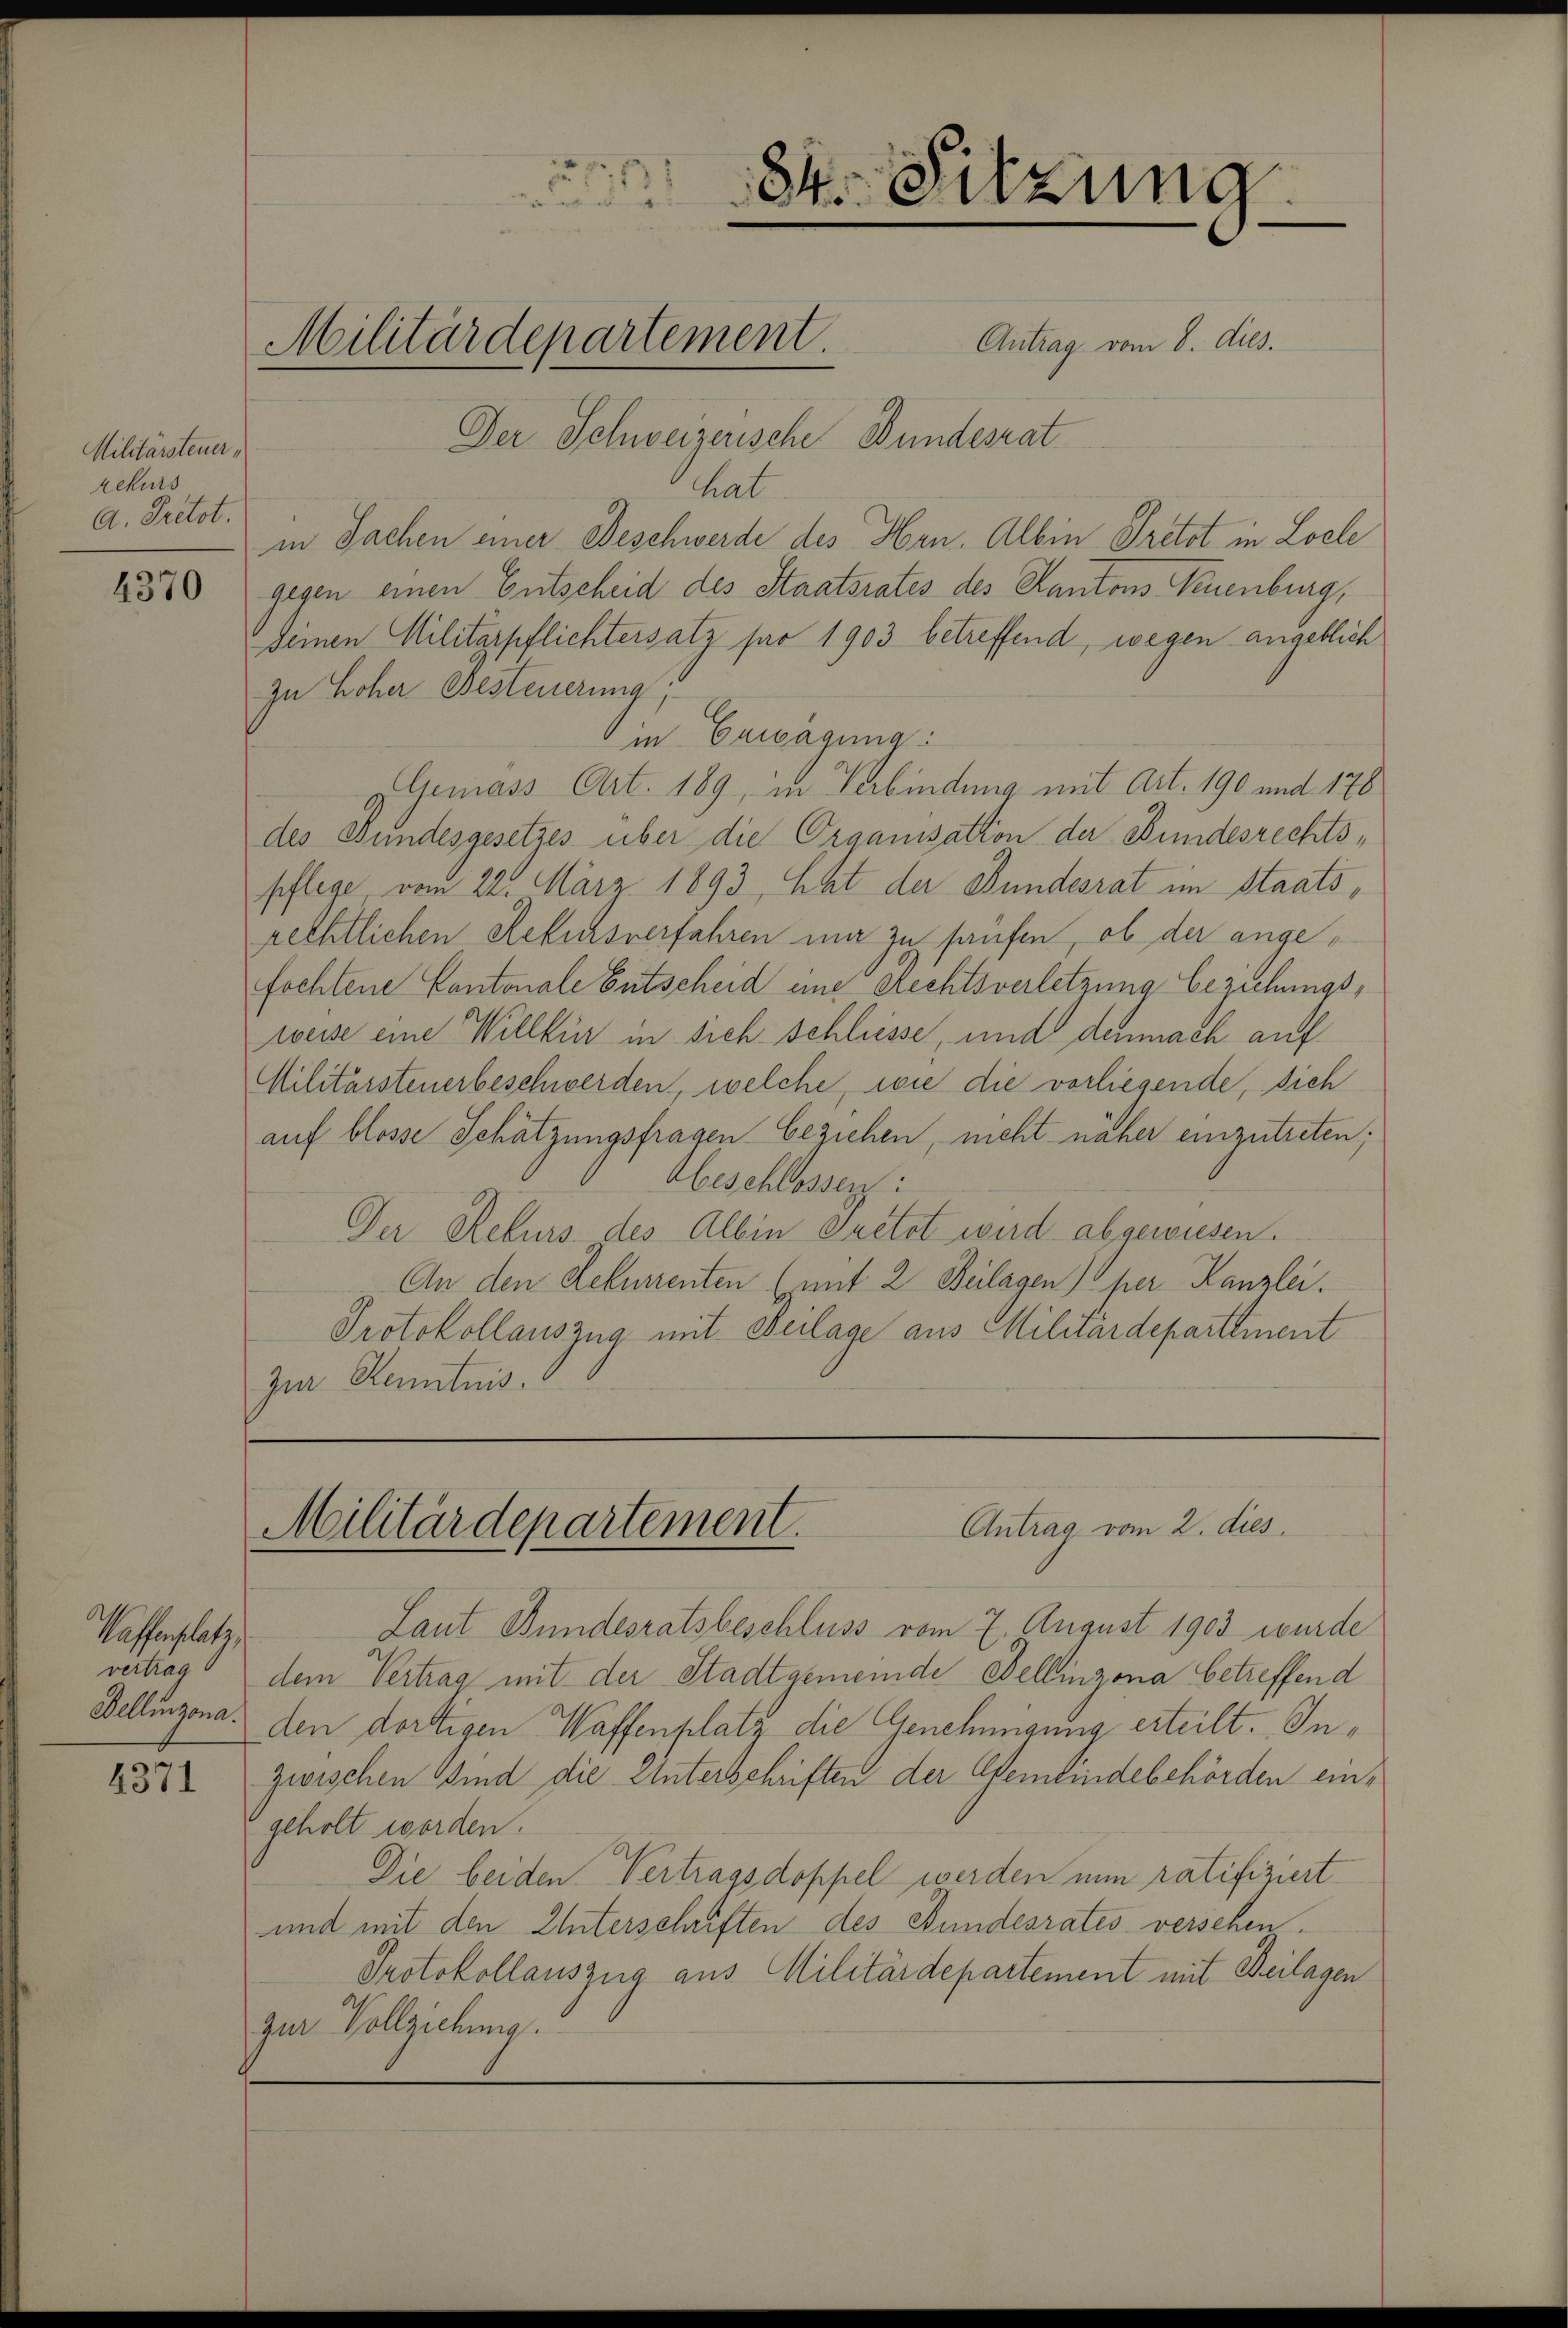
Militärsteuer,
rekurs
A. Pretot.

4370

Waffenplatz,

4371

84. Sitzung

Militärdepartement. Antrag vom 8. dies.

Der Schweizerische Bundesrat
hat
in Sachen einer Beschwerde des Hrn. Albin Pretot in Loele
gegen einen Entscheid des Staatsrates des Kantons Neuenburg,
Deinen Militärpflichtersatz par 1903 betreffend, wegen angeblich
zu Hoher Besteuerung
in Erwägung:
GGemäss Art. 189, in Verbindung mit Art. 190 und 178
des Bundesgesetzes über die Organisation der Bundesrechtspflege vom 22. März 1893, hat der Bundesrat im Staatsrechtlichen Rekursverfahren mir zu haufen, ob der angefochtene Cantonale Entscheid eine Rechtsverletzung beziehungsweise eine Willkür in sich schliesse, und denmach auf¬
Militärsteuerbeschwerden, welche, wie die vorliegende, sich
auf blosse Schätzungsfragen beziehen, nicht näher einzutreten;
Abeschlossen:
Der Rekurs des Albin guetet wird abgewiesen.
An den Rekurrenten (mit 2 Beilagen) per Kanzlei.
Protokollauszug mit Beilage aus Militärdepartement
zur Kenntnis.

e
Antrag vom 2. dies
Militärdepartement.

Laut Bundesratsbeschluss vom 7. August 1903 wurde
vertrag dem Vertrag mit der Stadtgemeinde Bellinzona betreffend
Bellinzona. den dortigen Waffenplatz die Genehmigung erteilt. Inzwischen Sind die Unterschriften der Gemeindebehörden eingeholt worden.
Die beiden Vertragsdoppel werden nun ratifiziert
und mit den Unterschriften des Stundesrates versehen.
Protokollauszug aus Militärdepartement mit Beilagen
zur Vollziehung.